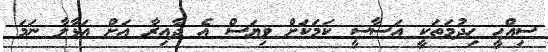
ސިއްހީ ހިދުމަތަކީ އަސާސީ ކަމަކަށް ވިޔަސް އެ ދާއިރާ އަށް އަޅާލާ ނަމަ